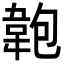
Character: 𩎘